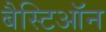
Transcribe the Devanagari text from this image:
बैस्टिऑन